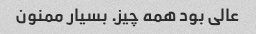
عالی بود همه چیز. بسیار ممنون